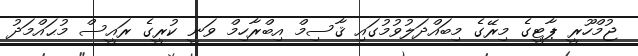
ޖުމްހޫރީ ޕާޓީގެ މިރޭގެ މިބައްދަލުވުމުގައި ޤާސިމް އިބްރާހިމް ވަނީ ކުރީގެ ރައީސް މުޙައްމަދު